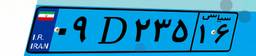
۵۵D۶۹۶۵۵